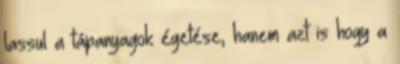
lassul a tápanyagok égetése, hanem azt is hogy a